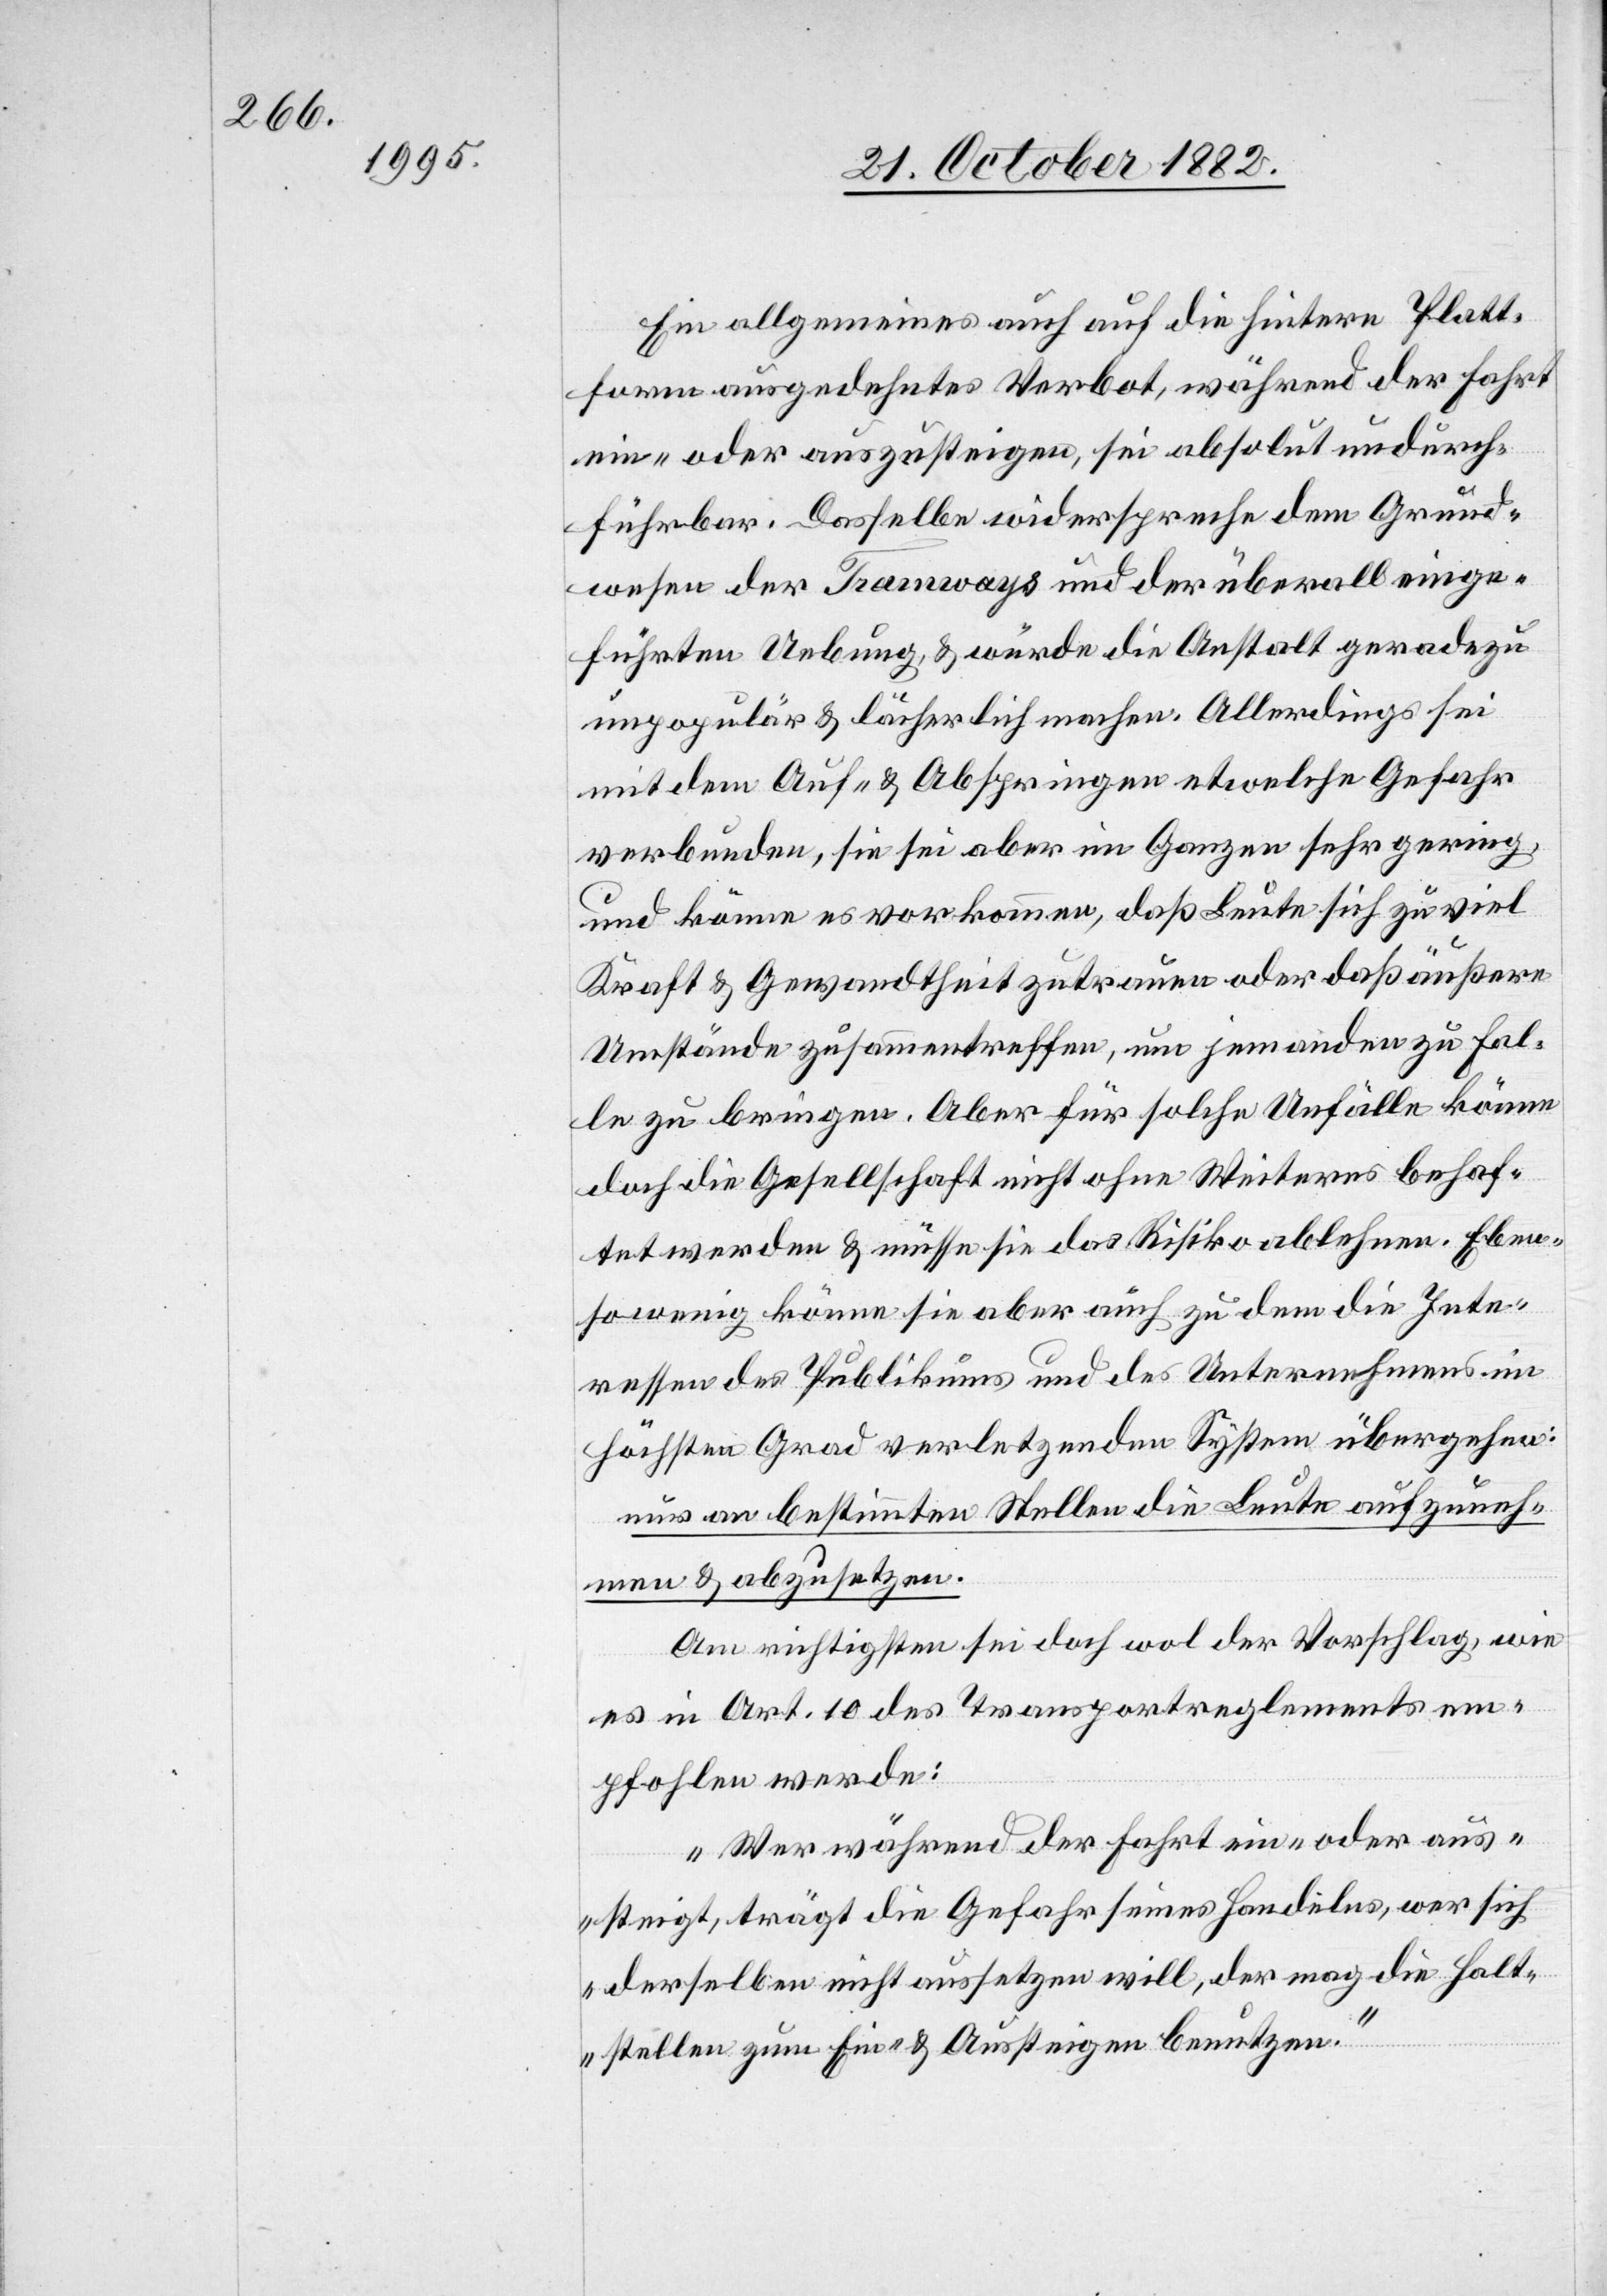
Ein allgemeines auch auf die hintere Platt¬
form ausgedehntes Verbot, während der Fahrt
ein- oder auszusteigen, sei absolut undurch¬
führbar. Dasselbe widerspreche dem Grund¬
wesen des Tramways und der überall einge¬
führten Uebung, & würde die Anstalt geradezu
unpopulär & lächerlich machen. Allerdings sei
mit dem Auf- & Abspringen etwelche Gefahr
verbunden, sie sei aber im Ganzen sehr gering,
und könne es vorkommen, daß Leute sich zu viel
Kraft & Gewandtheit zutrauen oder daß äußere
Umstände zusammentreffen, um jemanden zu Fal¬
le zu bringen. Aber für solche Unfälle könne
doch die Gesellschaft nicht ohne Weiteres behaf¬
tet werden, & müsse sie das Risiko ablehnen. Eben¬
so wenig könne sie aber auch zu dem die Inte¬
ressen des Publikums und des Unternehmens im
höchsten Grad verletzenden System übergehen:
nur an bestimmten Stellen die Leute aufzuneh¬
men & abzusetzen.
Am richtigsten sei doch wol der Vorschlag, wie
es in Art. 10 des Transportreglements em¬
pfohlen werde:
„Wer während der Fahr ein- oder aus¬
steigt, trägt die Gefahr seines Handelns, wer sich
derselben nicht aussetzen will, der mag die Halt¬
stellen zum Ein- & Aussteigen benutzen.“